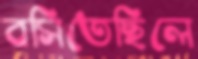
বসিতেছিলে